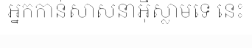
អ្នកកាន់សាសនាអ៊ីស្លាមទេ នេះ